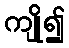
ကျို၍